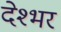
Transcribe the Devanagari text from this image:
देश्भर